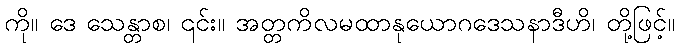
ကို။ ဒေ သေန္တာစ၊ ၎င်း။ အတ္တကိလမထာနုယောဂဒေသနာဒီဟိ၊ တို့ဖြင့်။